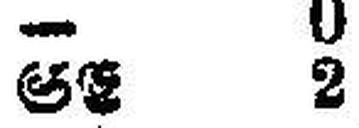
SE 2